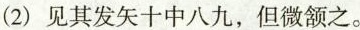
(2)见其发矢十中八九，但微颔之。